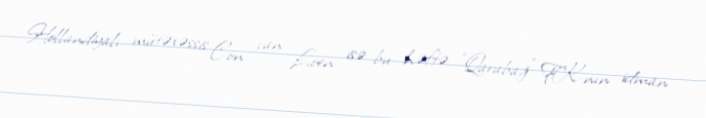
Hollandiyalı mütəxəssis Con van Loen isə bu həftə "Qarabağ" FK-nın idman